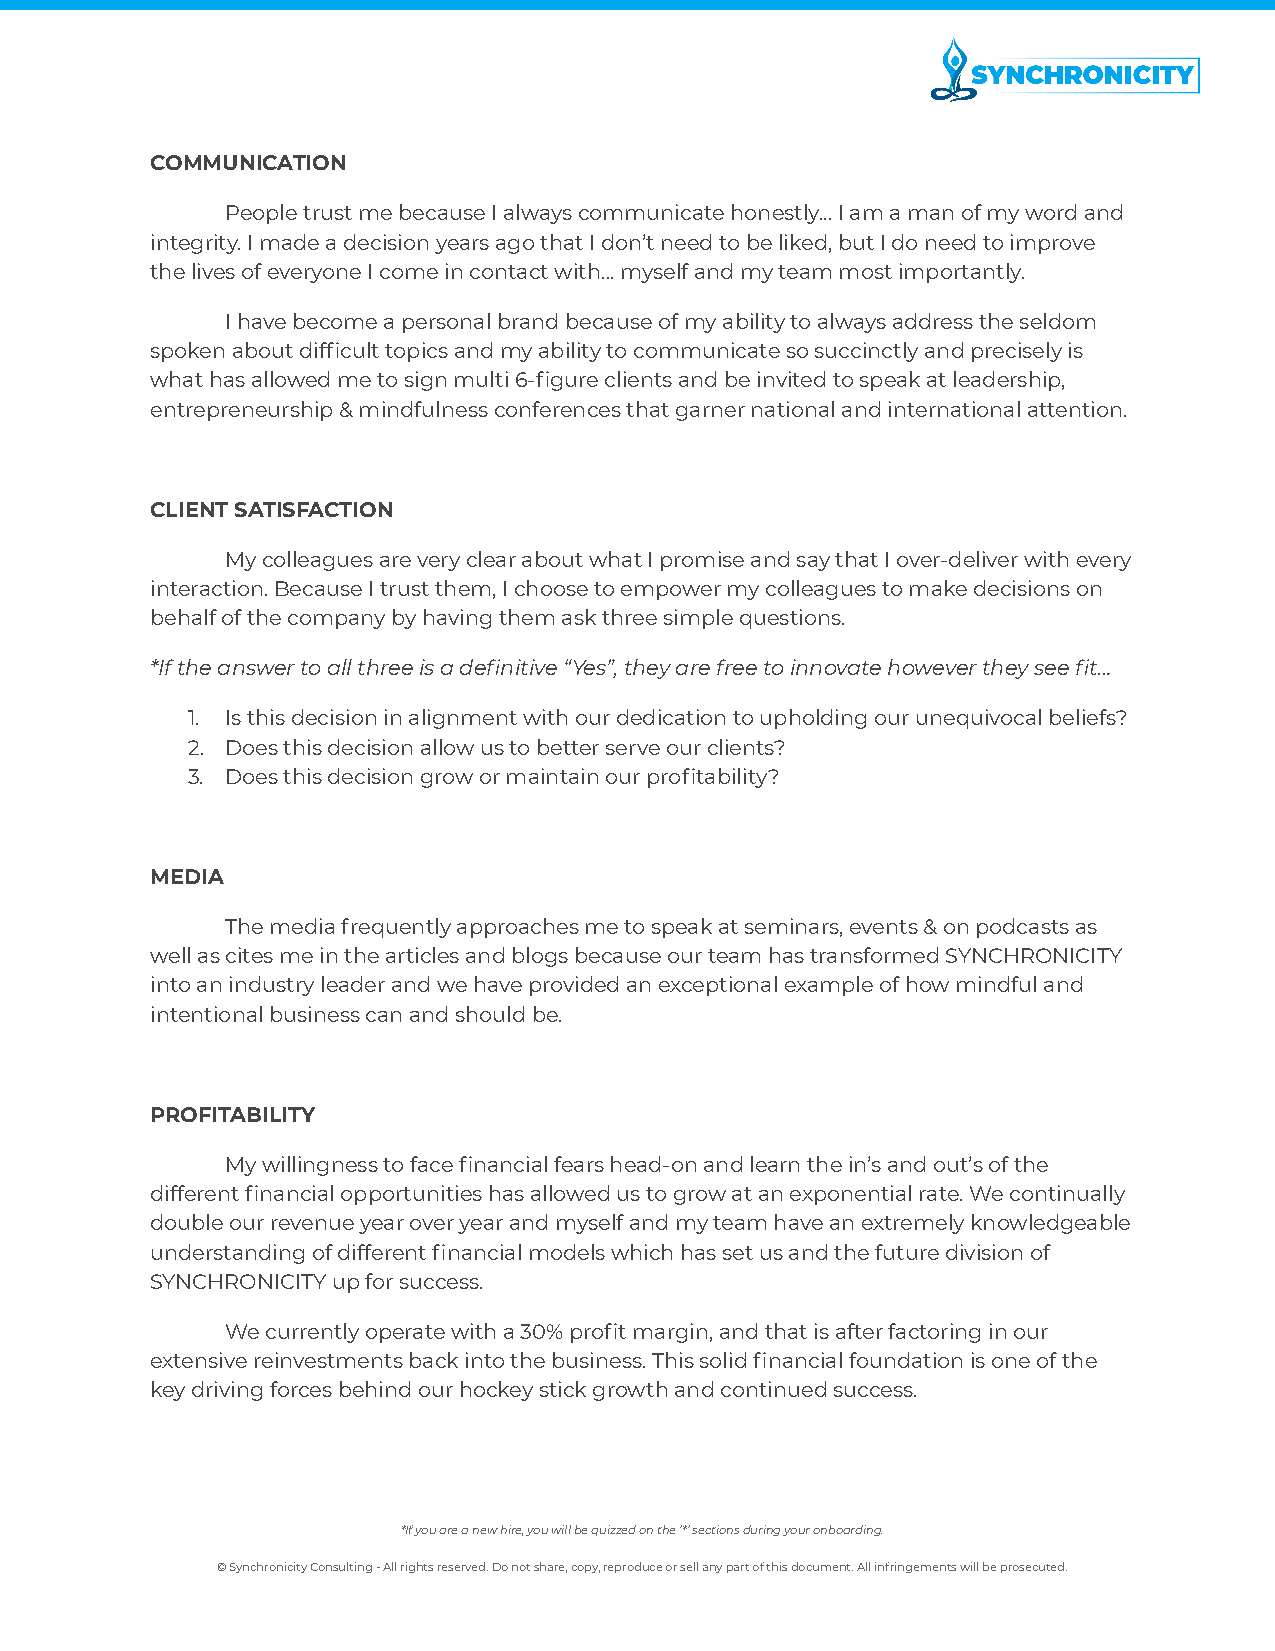
COMMUNICATION
 People trust me because I always communicate honestly... I am a man of my word and
 integrity. I made a decision years ago that I don’t need to be liked, but I do need to improve
 the lives of everyone I come in contact with… myself and my team most importantly.
 I have become a personal brand because of my ability to always address the seldom
 spoken about difficult topics and my ability to communicate so succinctly and precisely is
 what has allowed me to sign multi 6-figure clients and be invited to speak at leadership,
 entrepreneurship & mindfulness conferences that garner national and international attention.
 CLIENT SATISFACTION
 My colleagues are very clear about what I promise and say that I over-deliver with every
 interaction. Because I trust them, I choose to empower my colleagues to make decisions on
 behalf of the company by having them ask three simple questions.
 *If the answer to all three is a definitive “Yes”, they are free to innovate however they see fit…
 1. Is this decision in alignment with our dedication to upholding our unequivocal beliefs?
 2. Does this decision allow us to better serve our clients?
 3. Does this decision grow or maintain our profitability?
 MEDIA
 The media frequently approaches me to speak at seminars, events & on podcasts as
 well as cites me in the articles and blogs because our team has transformed SYNCHRONICITY
 into an industry leader and we have provided an exceptional example of how mindful and
 intentional business can and should be.
 PROFITABILITY
 My willingness to face financial fears head-on and learn the in’s and out’s of the
 different financial opportunities has allowed us to grow at an exponential rate. We continually
 double our revenue year over year and myself and my team have an extremely knowledgeable
 understanding of different financial models which has set us and the future division of
 SYNCHRONICITY up for success.
 We currently operate with a 30% profit margin, and that is after factoring in our
 extensive reinvestments back into the business. This solid financial foundation is one of the
 key driving forces behind our hockey stick growth and continued success.
 *If you are a new hire, you will be quizzed on the ‘*’ sections during your onboarding.
 © Synchronicity Consulting - All rights reserved. Do not share, copy, reproduce or sell any part of this document. All infringements will be prosecuted.